Note on the mental hospitals in Burma - 1925-1940
Year: 1925
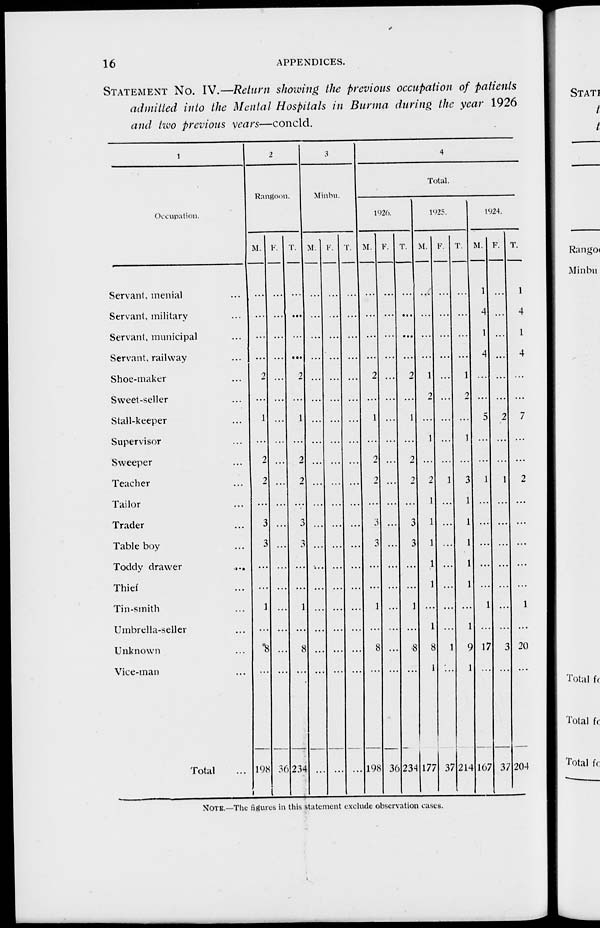
16
APPENDICES.
STATEMENT No. IV.—Return showing the previous occupation of patients
admitted into the Mental Hospitals in Burma during the year 1926
and two previous years—concld.
1
Occupation.
Servant, menial ...
Servant, military ...
Servant, municipal ...
Servant, railway ...
Shoe-maker ...
Sweet-seller ...
Stall-keeper ...
Supervisor ...
Sweeper ...
Teacher ...
Tailor ...
Trader ...
Table boy ...
Toddy drawer
...
Thief ...
Tin-smith ...
Umbrella-seller ...
Unknown ...
Vice-man ...
Total ...
2
Rangoon.
M.
...
...
...
...
2
...
1
...
2
2
...
3
3
...
...
1
...
8
...
198
F.
...
...
...
...
...
...
...
...
...
...
...
...
...
...
...
...
...
...
...
36
T.
...
...
...
...
2
...
1
...
2
2
...
3
3
...
...
1
...
8
...
234
3
Minbu.
M.
...
...
...
...
...
...
...
...
...
...
...
...
...
...
...
...
...
...
...
...
F.
...
...
...
...
...
...
...
...
...
...
...
...
...
...
...
...
...
...
...
...
T.
...
...
...
...
...
...
...
...
...
...
...
...
...
...
...
...
...
...
...
...
4
Total.
l926.
M.
...
...
...
...
2
...
1
...
2
2
...
3
3
...
...
1
...
8
...
198
F.
...
...
...
...
...
...
...
...
...
...
...
...
...
...
...
...
...
...
...
36
T.
...
...
...
...
2
...
1
...
2
2
...
3
3
...
...
1
...
8
...
234
1925.
M.
...
...
...
...
1
2
...
1
...
2
1
1
1
1
1
...
1
8
1
177
F.
...
...
...
...
...
...
...
...
...
1
...
...
...
...
...
...
...
1
...
37
T.
...
...
...
...
1
2
...
1
...
3
1
1
1
1
1
...
1
9
1
214
1924.
M.
1
4
1
4
...
...
5
...
...
1
...
...
...
...
...
1
...
17
...
167
F.
...
...
...
...
...
...
2
...
...
1
...
...
...
...
...
...
...
3
...
37
T.
1
4
1
4
...
...
7
...
...
2
...
...
...
...
...
1
...
20
...
204
NOTE.—The figures in this statement exclude observation cases.